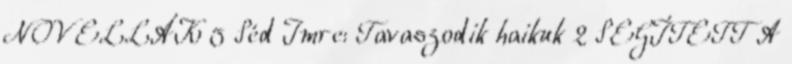
NOVELLÁK 5 Séd Imre: Tavaszodik haikuk 2 SEGÍTETT A